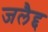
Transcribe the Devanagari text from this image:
जलैद्द